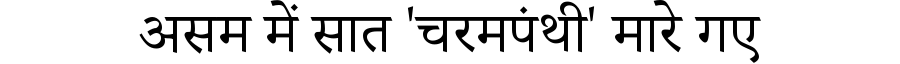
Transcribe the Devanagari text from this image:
असम में सात 'चरमपंथी' मारे गए